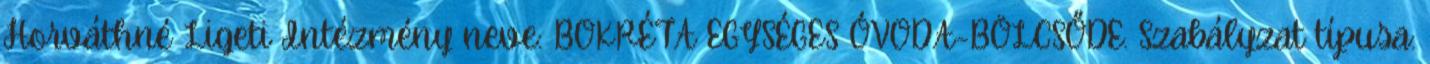
Horváthné Ligeti Intézmény neve: BOKRÉTA EGYSÉGES ÓVODA-BÖLCSŐDE. Szabályzat típusa: